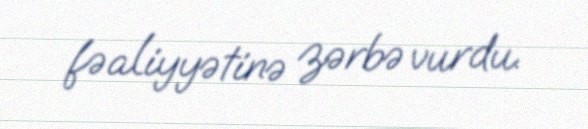
fəaliyyətinə zərbə vurdu.